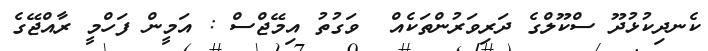
ކެނދިކުޅުދޫ ސްކޫލްގެ ދަރިވަރުންތަކެއް  ވަގުތު އިމޭޖްސް : އަމީން ފަހްމީ ރާއްޖޭގެ